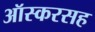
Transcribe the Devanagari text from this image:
ऑस्करसह